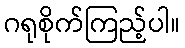
ဂရုစိုက်ကြည့်ပါ။